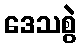
ဒေသစွဲ